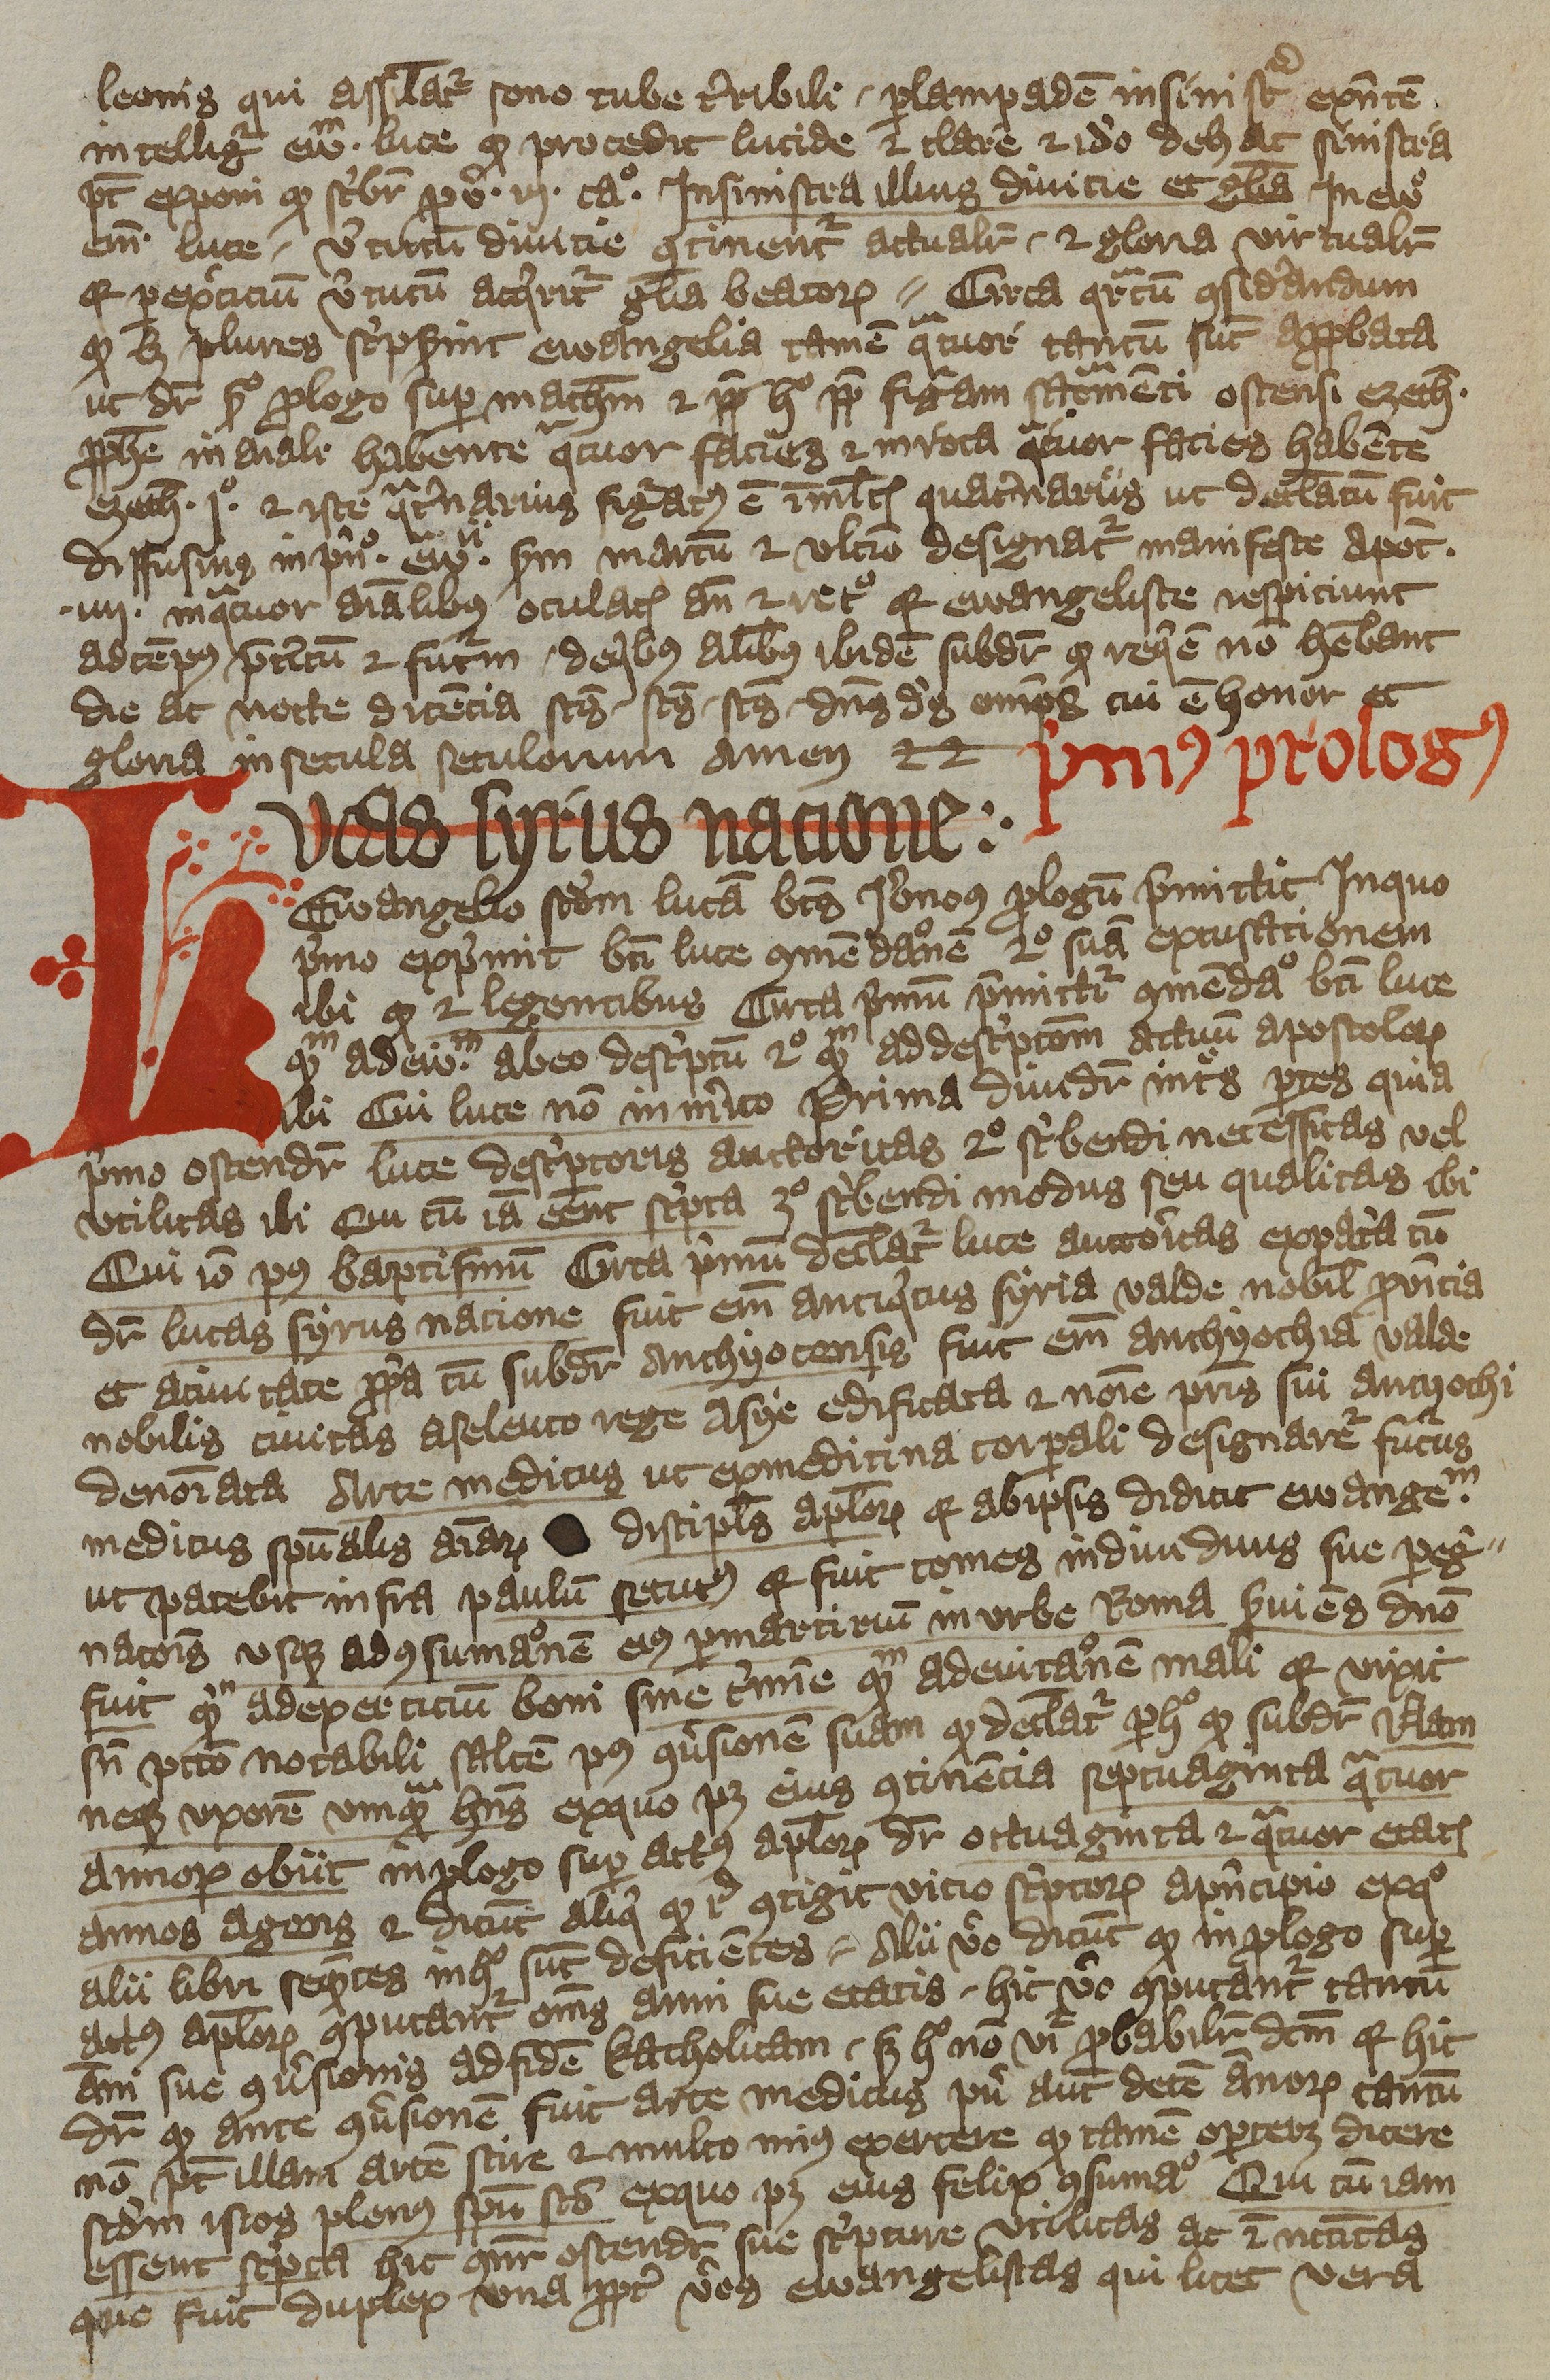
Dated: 1392–1393